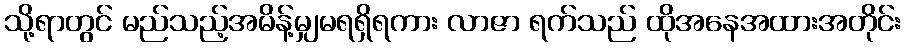
သို့ရာတွင် မည်သည့်အမိန့်မျှမရရှိရကား လာဇာ ရက်သည် ထိုအနေအထားအတိုင်း